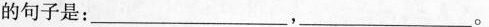
的句子是：___，___。